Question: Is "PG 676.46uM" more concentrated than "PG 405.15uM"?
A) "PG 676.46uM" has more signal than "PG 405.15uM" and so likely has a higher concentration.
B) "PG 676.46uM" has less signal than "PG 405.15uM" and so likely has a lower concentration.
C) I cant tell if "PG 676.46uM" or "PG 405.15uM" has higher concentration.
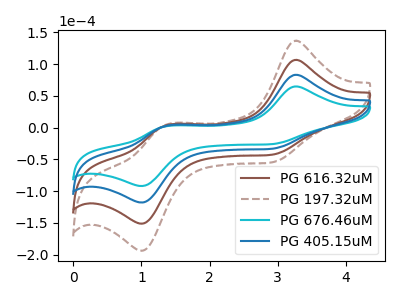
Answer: <think>The brown curve "PG 616.32uM" has anodic peaks at (3.25V, 166.45uA) (1.40V, 6.25uA) and cathodic peaks at (2.90V, -66.95uA) (1.00V, -235.60uA). The brown dashed curve "PG 197.32uM" has anodic peaks at (3.25V, 249.65uA) (1.40V, 9.40uA) and cathodic peaks at (2.90V, -100.40uA) (1.00V, -353.40uA). The cyan curve "PG 676.46uM" has anodic peaks at (3.25V, 64.90uA) (1.40V, 2.45uA) and cathodic peaks at (2.90V, -26.10uA) (1.00V, -91.85uA). The blue curve "PG 405.15uM" has anodic peaks at (3.25V, 83.20uA) (1.40V, 3.15uA) and cathodic peaks at (2.90V, -33.45uA) (1.00V, -117.80uA).
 All the peaks in "PG 676.46uM" have a peak in "PG 405.15uM" at the same potential. Every peak in "PG 676.46uM" is lower than every peak in "PG 405.15uM".</think>
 <answer>B) "PG 676.46uM" has less signal than "PG 405.15uM" and so likely has a lower concentration.</answer>
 <eval>B</eval>